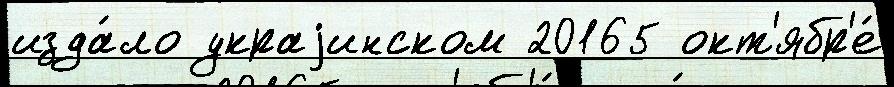
изда́ло украjинском 20165 окт'ябр'е́